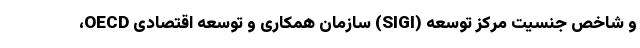
و شاخص جنسیت مرکز توسعه (SIGI) سازمان همکاری و توسعه اقتصادی OECD،